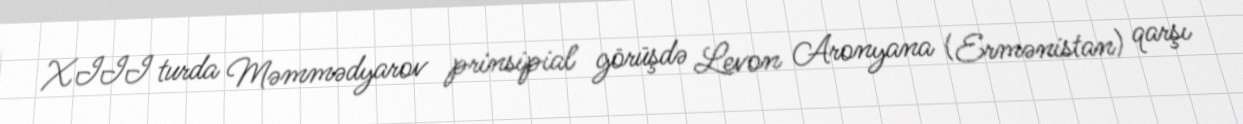
XIII turda Məmmədyarov prinsipial görüşdə Levon Aronyana (Ermənistan) qarşı